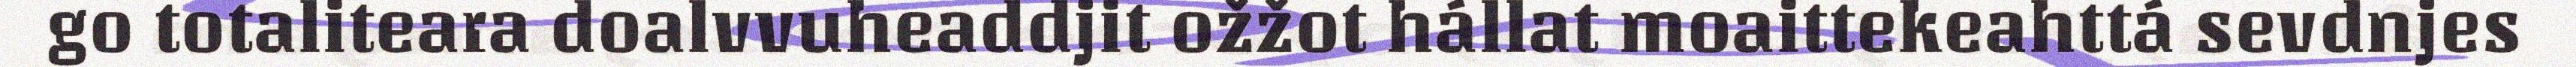
go totaliteara doalvvuheaddjit ožžot hállat moaittekeahttá sevdnjes